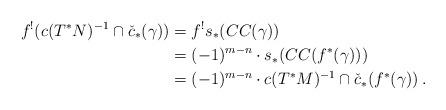
LaTeX: \begin{align*}f^!(c(T^*N)^{-1}\cap \check{c}_*(\gamma)) &= f^!s_*(CC(\gamma)) \\&= (-1)^{m-n}\cdot s_*(CC(f^*(\gamma))) \\ &= (-1)^{m-n}\cdot c(T^*M)^{-1}\cap \check{c}_*(f^*(\gamma)) \:.\end{align*}